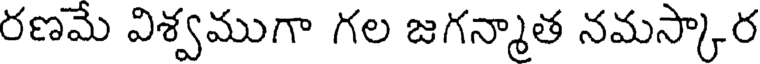
రణమే విశ్వముగా గల జగన్మాత నమస్కార